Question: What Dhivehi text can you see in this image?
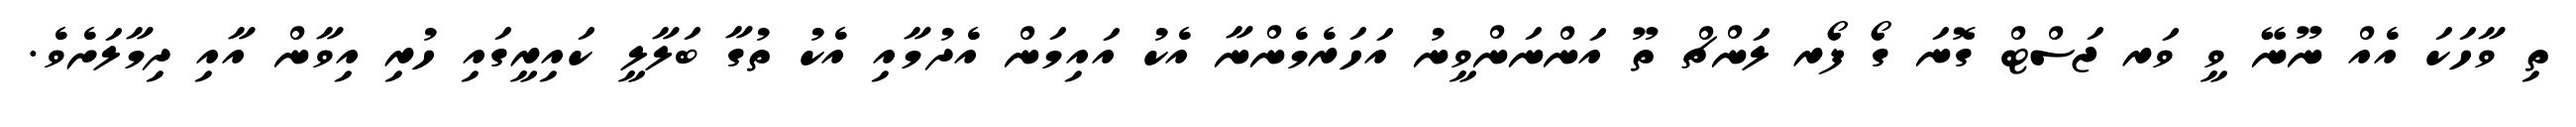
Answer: ތި ވާހަކަ އެއް ނޫނޭ ވީ ވަރ ޖަސްޓް ގޮނަ ގޯ ފޯރ ލަންޗް ތޫ އަންނަންވީނު އަހަރެމެންނާ އެކު އައިމަން އެދުމާއި އެކު ތުގާ ބަލާލީ ކައިރީގައި ހުރި އިވާން އާއި ދިމާލަށެވެ.